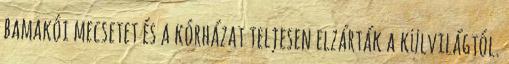
bamakói mecsetet és a kórházat teljesen elzárták a külvilágtól.